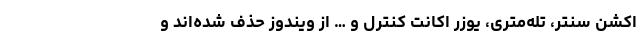
اکشن سنتر، تله‌متری، یوزر اکانت کنترل و … از ویندوز حذف شده‌اند و